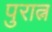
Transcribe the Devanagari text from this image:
पुरात्न